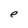
Character: e